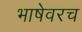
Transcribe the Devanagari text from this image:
भाषेवरच